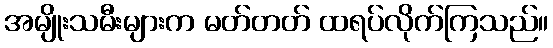
အမျိုးသမီးများက မတ်တတ် ထရပ်လိုက်ကြသည်။